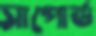
সাপোর্ড